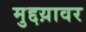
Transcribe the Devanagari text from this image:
मुद्दय़ावर